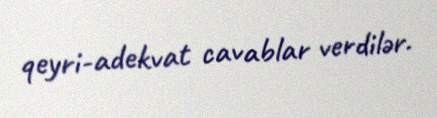
qeyri-adekvat cavablar verdilər.